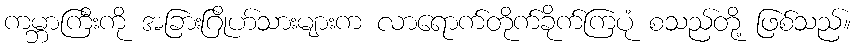
ကမ္ဘာကြီးကို အခြားဂြိုဟ်သားများက လာရောက်တိုက်ခိုက်ကြပုံ စသည်တို့ ဖြစ်သည်။